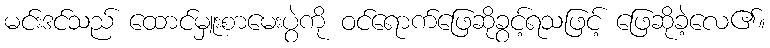
မင်းဒင်သည် ထောင်မှူးစာမေးပွဲကို ဝင်ရောက်ဖြေဆိုခွင့်ရသဖြင့် ဖြေဆိုခဲ့လေ၏။